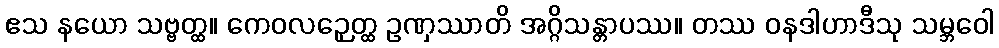
ဧသ နယော သဗ္ဗတ္ထ။ ကေဝလဉှေတ္ထ ဥဏှဿာတိ အဂ္ဂိသန္တာပဿ။ တဿ ဝနဒါဟာဒီသု သမ္ဘဝေါ